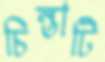
চিন্তাটি